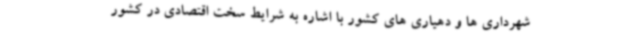
شهرداری ها و دهیاری های کشور با اشاره به شرایط سخت اقتصادی در کشور